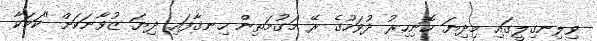
ވިލިނގިލީގައި މިދިޔަ ހޮނިހިރު ދުވަހުގެ ރޭ މަގުމަތިން ހިނގާފައި ދިޔަ ޒުވާނަކަށް "ކަމަކާ